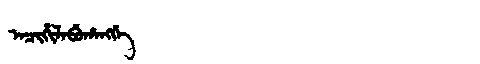
Manchu: ᠠᠴᡳᡥᡳᠯᠠᠪᡠᡥᠠᠩᡤᡝ
Romanization: ACIHILABUHANGGE